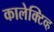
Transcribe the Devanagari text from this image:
कालेक्टिव्ह